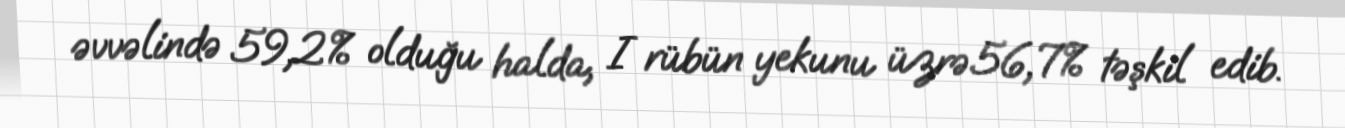
əvvəlində 59,2% olduğu halda, I rübün yekunu üzrə 56,7% təşkil edib.